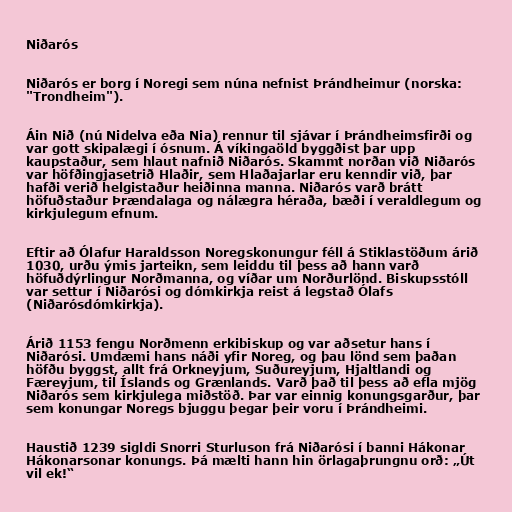
Niðarós

Niðarós er borg í Noregi sem núna nefnist Þrándheimur (norska:
"Trondheim").

Áin Nið (nú Nidelva eða Nia) rennur til sjávar í Þrándheimsfirði og
var gott skipalægi í ósnum. Á víkingaöld byggðist þar upp
kaupstaður, sem hlaut nafnið Niðarós. Skammt norðan við Niðarós
var höfðingjasetrið Hlaðir, sem Hlaðajarlar eru kenndir við, þar
hafði verið helgistaður heiðinna manna. Niðarós varð brátt
höfuðstaður Þrændalaga og nálægra héraða, bæði í veraldlegum og
kirkjulegum efnum.

Eftir að Ólafur Haraldsson Noregskonungur féll á Stiklastöðum árið
1030, urðu ýmis jarteikn, sem leiddu til þess að hann varð
höfuðdýrlingur Norðmanna, og víðar um Norðurlönd. Biskupsstóll
var settur í Niðarósi og dómkirkja reist á legstað Ólafs
(Niðarósdómkirkja).

Árið 1153 fengu Norðmenn erkibiskup og var aðsetur hans í
Niðarósi. Umdæmi hans náði yfir Noreg, og þau lönd sem þaðan
höfðu byggst, allt frá Orkneyjum, Suðureyjum, Hjaltlandi og
Færeyjum, til Íslands og Grænlands. Varð það til þess að efla mjög
Niðarós sem kirkjulega miðstöð. Þar var einnig konungsgarður, þar
sem konungar Noregs bjuggu þegar þeir voru í Þrándheimi.

Haustið 1239 sigldi Snorri Sturluson frá Niðarósi í banni Hákonar
Hákonarsonar konungs. Þá mælti hann hin örlagaþrungnu orð: „Út
vil ek!“